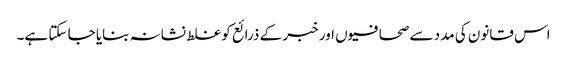
اس قانون کی مدد سے صحافیوں اور خبر کے ذرائع کو غلط نشانہ بنایا جا سکتا ہے۔